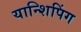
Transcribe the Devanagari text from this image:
यान्शिपिंग